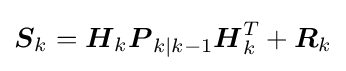
{\boldsymbol {S}}_{k}={{\boldsymbol {H}}_{k}}{\boldsymbol {P}}_{k|k-1}{{\boldsymbol {H}}_{k}^{T}}+{\boldsymbol {R}}_{k}